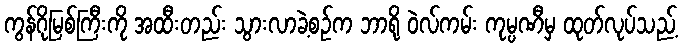
ကွန်ဂိုမြစ်ကြီးကို အထီးတည်း သွားလာခဲ့စဉ်က ဘာရို ဝဲလ်ကမ်း ကုမ္ပဏီမှ ထုတ်လုပ်သည့်